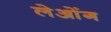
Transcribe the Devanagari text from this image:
लेओंग